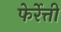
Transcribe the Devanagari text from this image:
फेर्रेत्ती